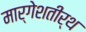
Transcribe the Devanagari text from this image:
मार्गेशतीर्थ